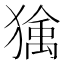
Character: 𱮠